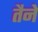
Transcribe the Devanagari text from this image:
तैने